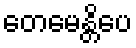
တေမေန္တိပေ